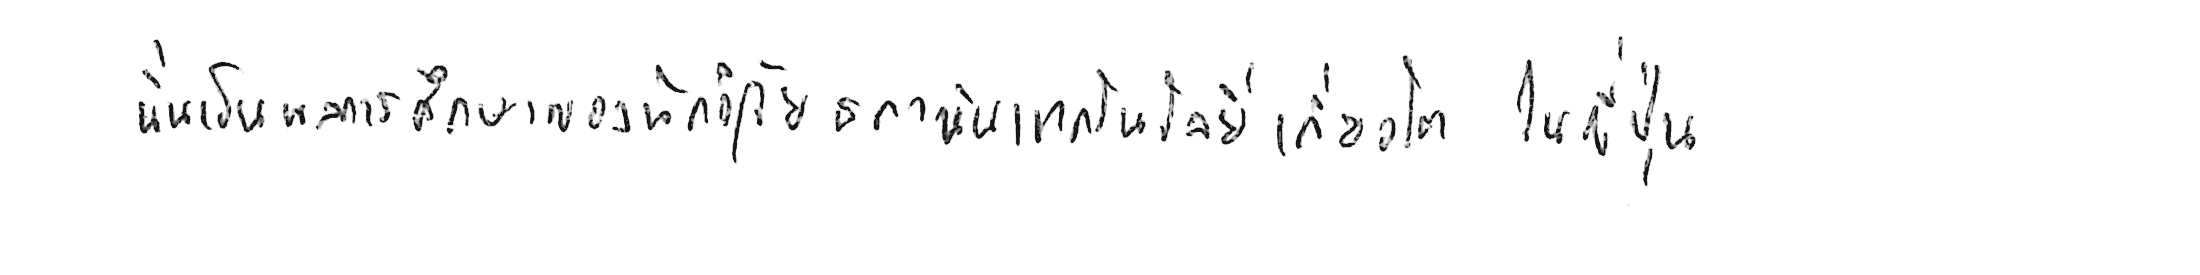
นั่นเป็นผลการศึกษาของนักวิจัยสถาบันเทคโนโลยีโตเกียว ในญี่ปุ่น